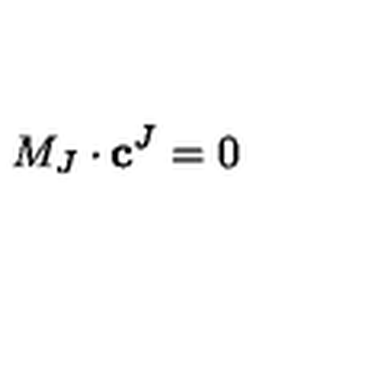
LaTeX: M _ { J } \cdot \mathbf { c } ^ { J } = 0